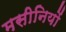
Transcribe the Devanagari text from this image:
मसीनियों